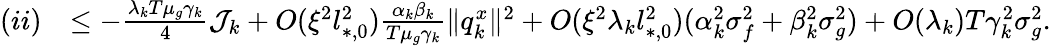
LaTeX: \begin{array}{rl}{(ii)}&{\le-\frac{\lambda_{k}T\mu_{g}\gamma_{k}}{4}\mathcal{J}_{k}+O(\xi^{2}l_{*,0}^{2})\frac{\alpha_{k}\beta_{k}}{T\mu_{g}\gamma_{k}}\| q_{k}^{x}\| ^{2}+O(\xi^{2}\lambda_{k}l_{*,0}^{2})(\alpha_{k}^{2}\sigma_{f}^{2}+\beta_{k}^{2}\sigma_{g}^{2})+O(\lambda_{k})T\gamma_{k}^{2}\sigma_{g}^{2}.}\end{array}